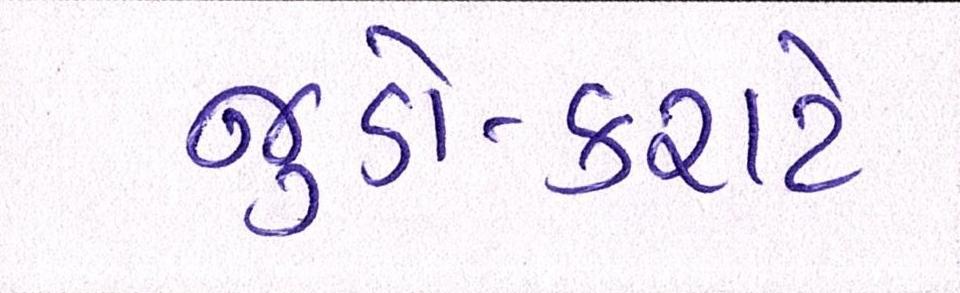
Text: જુડો-કરાટે